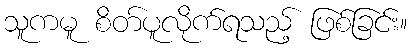
သူကမူ စိတ်ပူလိုက်ရသည့် ဖြစ်ခြင်း။